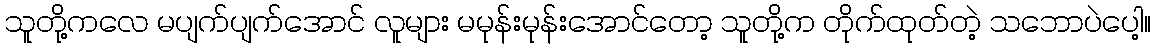
သူတို့ကလေ မပျက်ပျက်အောင် လူများ မမုန်းမုန်းအောင်တော့ သူတို့က တိုက်ထုတ်တဲ့ သဘောပဲပေါ့။